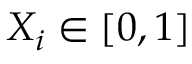
X _ { i } \in [ 0 , 1 ]